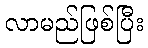
လာမည်ဖြစ်ပြီး